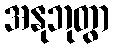
အနုဘုတွာ